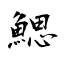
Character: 鰓